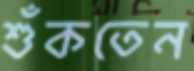
শুঁকতেন